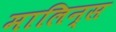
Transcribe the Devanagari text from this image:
मालिन्स